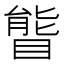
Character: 𥉃